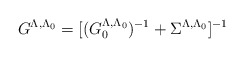
\begin{align*}G^{\Lambda , \Lambda_0} = [ (G_0^{\Lambda , \Lambda_0})^{-1} + \Sigma^{\Lambda , \Lambda_0} ]^{-1}\end{align*}